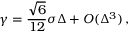
\gamma = \frac { \sqrt 6 } { 1 2 } \sigma \Delta + O ( \Delta ^ { 3 } ) \, ,